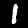
Digit: 1